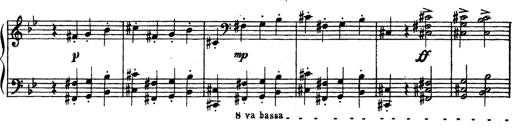
Title: Trauervorspiel und Trauermarsch
Composer: Franz Liszt